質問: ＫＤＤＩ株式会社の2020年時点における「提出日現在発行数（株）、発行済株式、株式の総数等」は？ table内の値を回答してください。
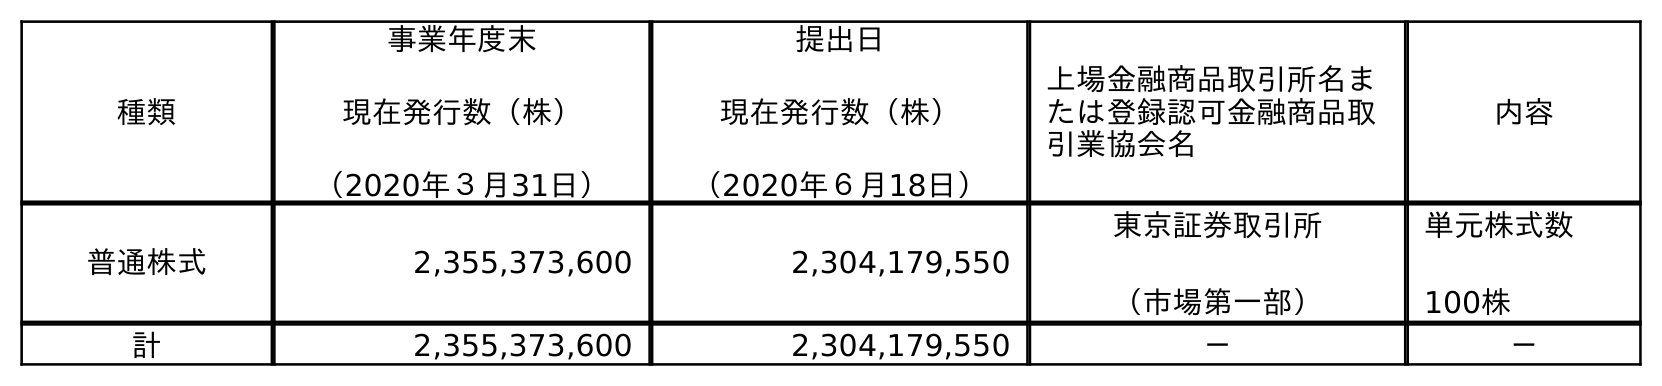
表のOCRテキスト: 種類 事業年度末 現在発行数（株） （2020年３月31日） 提出日 現在発行数（株） （2020年６月18日） 上場金融商品取引所名ま たは登録認可金融商品取 引業協会名 内容 普通株式 2,355,373,600 2,304,179,550 東京証券取引所 （市場第一部） 単元株式数 100株 計 2,355,373,600 2,304,179,550 － －
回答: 2,304,179,550